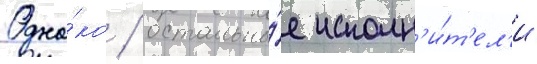
Одна́ко / остальны́е исполн'и́т'ел'и